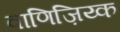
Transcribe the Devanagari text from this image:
वाणिज़िय्क